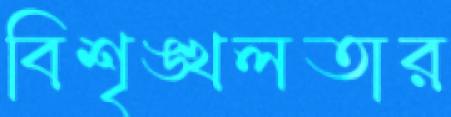
বিশৃঙ্খলতার